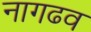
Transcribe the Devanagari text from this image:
नागढव